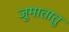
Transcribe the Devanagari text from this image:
जुमातातु